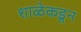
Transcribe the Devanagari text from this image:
शाळेकडून